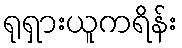
ရုရှားယူကရိန်း